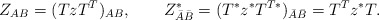
\begin{align*}Z_{AB}=(TzT^T)_{AB},\quad \quad Z_{\bar{A}\bar{B}}^{*}=(T^{*}z^{*}T^{T*})_{\bar{A}\bar{B}}=T^Tz^{*}T. \end{align*}